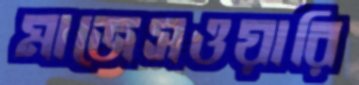
মাজেসওয়ারি